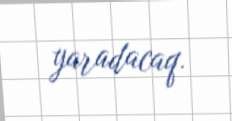
yaradacaq.